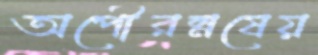
অপৌরম্নষেয়